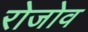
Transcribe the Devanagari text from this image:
रोजोव